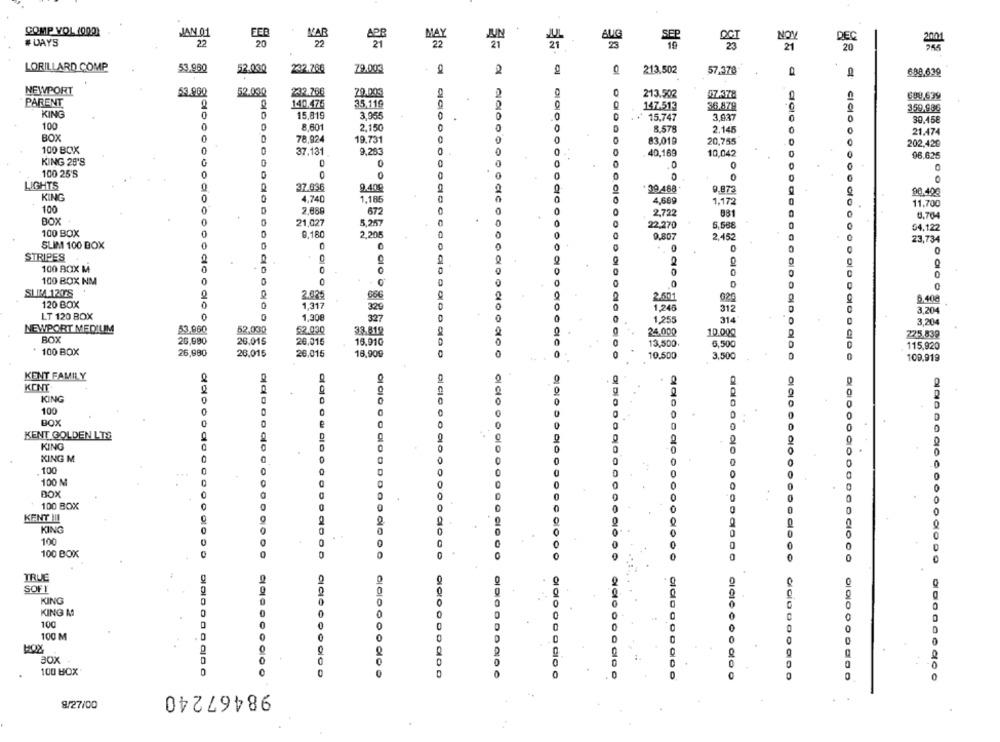
COMP VOL (000)
JAN 01
EED
MAR
APR
NOV
DEC
# DAYS
22
20
22
21
22
UN
AUG
2001
21
20
LORILLARD COMP
53.960
52.030
232.766
79.003
213.502
57.378
0
688,639
NEWPORT
53.900
52.000
232.768
20.003
213.502
57.378
699,639
PARENT
140.476
35,119
147.513
36.879
359,986
KING
0
15,819
3,965
0
15,747
3,937
0
30.15€
100
0
8.601
2.150
8.579
2.145
21.474
BOX
0
78,924
19.731
0
83,019
20,755
100 BOX
202,420
0
37.131
9,263
0
40,169
10.049
96.625
KING 26'S
0
100 25'S
0
0
0
0
0
LIGHTS
0
37.636
9.409
39.468
9.873
98.400
KING
0
4.740
1.186
0
4,689
1,172
100
11.700
0
2.888
672
0
0
2,722
881
6,704
BOX
0
21,027
5.257
0
22,270
5,568
04,122
100 BOX
0,180
2,205
9.807
2,452
SLIM 100 BOX
0
23,734
0
0
STRIPES
100 BOX M
0
2
0
0
0
C
100 BOX NM
0
0
0
SIMA 1208
2.025
2.50
020
120 BOX
0
1,317
6,408
320
312
3,204
LT 120 BOX
0
0
1,308
327
1,255
314
3,204
NEWPORT MEDIUM
53,960
52.030
52.030
33.812
24.000
10.000
225.839
ROX
26,980
26,015
26,015
16.91G
13,500.
6,500
115,920
100 BOX
26,980
26,015
26.015
18,900
10,500
3.500
109,919
KENT FAMILY
KENT
O
KING
100
BOX
0
0
KENT GOLDEN LTS
KING
KING M
0
100
0
100 M
0
BOX
0
100 BOX
KENT !!!
KING
0
100
100 BOX
0
CIO C O
TRUE
SOFT
0
KING
to
KING M
100
0
0
100 M
0
HOY
30x
100 BOX
000000900
0
000000000
98467240
8/27/00